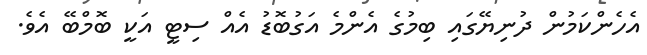
އެހެންކަމުން ދުނިޔޭގައި ބިމުގެ އެންމެ އަގުބޮޑު އެއް ސިޓީ އަކީ ބޮމްބޭ އެވެ.